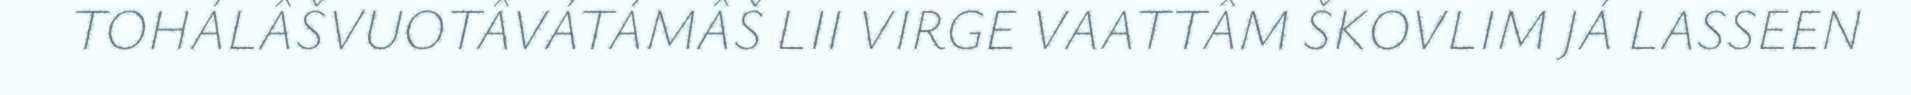
TOHÁLÂŠVUOTÂVÁTÁMÂŠ LII VIRGE VAATTÂM ŠKOVLIM JÁ LASSEEN